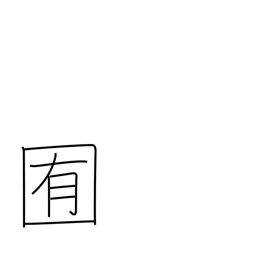
Meaning: pasture